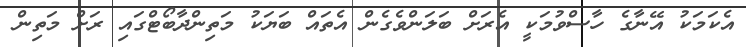
އެކަމަކު އޭނާގެ ހާސްވުމަކީ އެރަށް ބަލަންވެގެން އެތައް ބަޔަކު މަތިންދާބޯޓްގައި ރަށް މަތިން